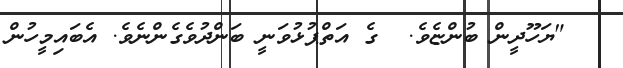
"ޔަހޫދީން ބުންޏެވެ.  ގެ އަތްޕުޅުވަނީ ބަންދުވެގެންނެވެ. އެބައިމީހުން